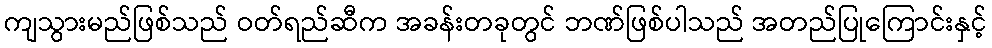
ကျသွားမည်ဖြစ်သည် ဝတ်ရည်ဆီက အခန်းတခုတွင် ဘဏ်ဖြစ်ပါသည် အတည်ပြုကြောင်းနှင့်